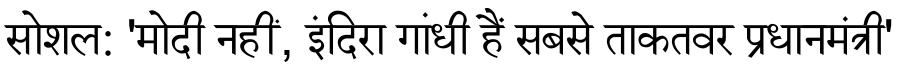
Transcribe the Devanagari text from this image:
सोशल: 'मोदी नहीं, इंदिरा गांधी हैं सबसे ताकतवर प्रधानमंत्री'